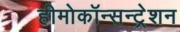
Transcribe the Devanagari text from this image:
हीमोकॉन्सन्ट्रेशन